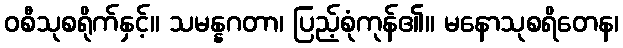
ဝစီသုစရိုက်နှင့်။ သမန္နဂတာ၊ ပြည့်စုံကုန်၏။ မနောသုစရိတေန၊